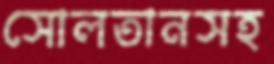
সোলতানসহ